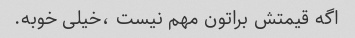
اگه قیمتش براتون مهم نیست ،خیلی خوبه.